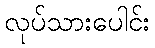
လုပ်သားပေါင်း